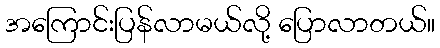
အကြောင်းပြန်လာမယ်လို့ ပြောလာတယ်။